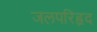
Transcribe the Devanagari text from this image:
जलपरिहृद